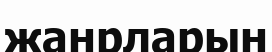
жанрларын